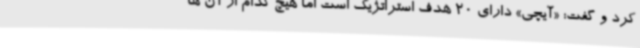
کرد و گفت: «آیچی» دارای 20 هدف استراتژیک است اما هیچ کدام از آن ها